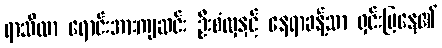
ရာသီလာ ရောင်းအားကျဆင်း ဦးစံလှနှင့် နေရာခန့်သာ ရှင်းပြနေ၏